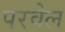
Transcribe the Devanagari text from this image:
परवेल